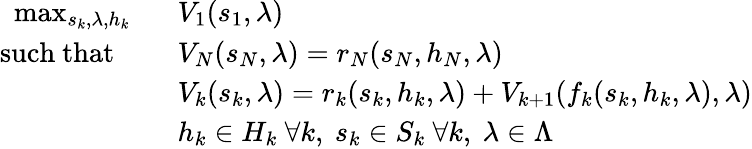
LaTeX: \begin{array}{rl}{\operatorname*{max}_{s_{k},\lambda,h_{k}}\ \ }&{V_{1}(s_{1},\lambda)}\\ {\mathrm{such~that~}\quad}&{V_{N}(s_{N},\lambda)=r_{N}(s_{N},h_{N},\lambda)}\\ &{V_{k}(s_{k},\lambda)=r_{k}(s_{k},h_{k},\lambda)+V_{k+1}(f_{k}(s_{k},h_{k},\lambda),\lambda)}\\ &{h_{k}\in H_{k}\ \forall k,\ s_{k}\in S_{k}\ \forall k,\ \lambda\in\Lambda}\end{array}